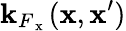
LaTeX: \mathbf{k}_{F_{\mathrm{{~x~}}}}(\mathbf{{x}},\mathbf{{x}}^{\prime})